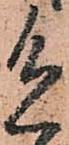
色